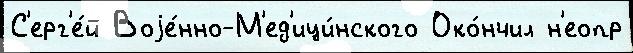
С'ерг'е́й Воjе́нно-М'ед'ици́нского Око́нчил н'еопр